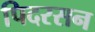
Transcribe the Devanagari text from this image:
पिदरसन